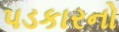
પડકારનો